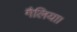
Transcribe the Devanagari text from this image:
गैलिया।